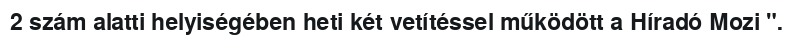
2 szám alatti helyiségében heti két vetítéssel működött a Híradó Mozi ".